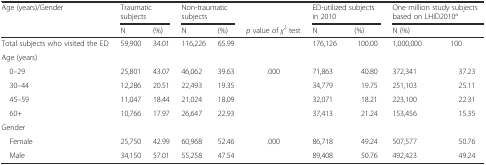
| <ROWSPAN=2> Age (years)/Gender | <COLSPAN=2> Traumatic subjects | <COLSPAN=2> Non-traumatic subjects |  | <COLSPAN=2> ED-utilized subjects in 2010 | <COLSPAN=2> One million study subjects based on LHID2010a |
 | N | (%) | N | (%) | p value of χ2 test | N | (%) | <COLSPAN=2> N (%) |
 | --- | --- | --- | --- | --- | --- | --- | --- | --- | --- |
 | Total subjects who visited the ED | 59,900 | 34.01 | 116,226 | 65.99 |  | 176,126 | 100.00 | 1,000,000 | 100 |
 | <COLSPAN=10> Age (years) |
 | 0–29 | 25,801 | 43.07 | 46,062 | 39.63 | <ROWSPAN=4> .000 | 71,863 | 40.80 | 372,341 | 37.23 |
 | 30–44 | 12,286 | 20.51 | 22,493 | 19.35 | 34,779 | 19.75 | 251,103 | 25.11 |
 | 45–59 | 11,047 | 18.44 | 21,024 | 18.09 | 32,071 | 18.21 | 223,100 | 22.31 |
 | 60+ | 10,766 | 17.97 | 26,647 | 22.93 | 37,413 | 21.24 | 153,456 | 15.35 |
 | <COLSPAN=10> Gender |
 | Female | 25,750 | 42.99 | 60,968 | 52.46 | <ROWSPAN=2> .000 | 86,718 | 49.24 | 507,577 | 50.76 |
 | Male | 34,150 | 57.01 | 55,258 | 47.54 | 89,408 | 50.76 | 492,423 | 49.24 |